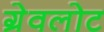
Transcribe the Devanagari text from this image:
ग्रेवलोट